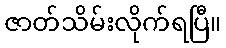
ဇာတ်သိမ်းလိုက်ရပြီ။